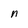
Character: n